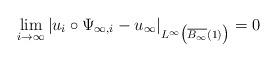
LaTeX: \begin{align*}\lim_{i\rightarrow \infty} |u_i\circ \Psi_{\infty, i}- u_{\infty}|_{L^{\infty}\big(\overline{B_{\infty}}(1)\big)}= 0 \end{align*}